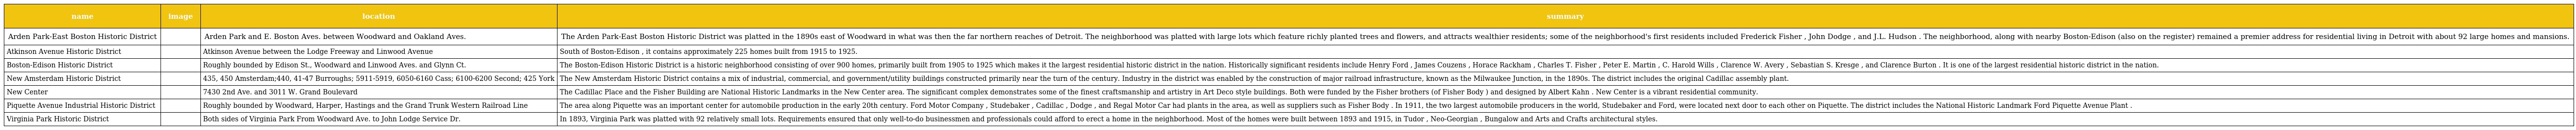
| name | image | location | summary |
 | --- | --- | --- | --- |
 | Arden Park-East Boston Historic District |  | Arden Park and E. Boston Aves. between Woodward and Oakland Aves. | The Arden Park-East Boston Historic District was platted in the 1890s east of Woodward in what was then the far northern reaches of Detroit. The neighborhood was platted with large lots which feature richly planted trees and flowers, and attracts wealthier residents; some of the neighborhood's first residents included Frederick Fisher , John Dodge , and J.L. Hudson . The neighborhood, along with nearby Boston-Edison (also on the register) remained a premier address for residential living in Detroit with about 92 large homes and mansions. |
 | Atkinson Avenue Historic District |  | Atkinson Avenue between the Lodge Freeway and Linwood Avenue | South of Boston-Edison , it contains approximately 225 homes built from 1915 to 1925. |
 | Boston-Edison Historic District |  | Roughly bounded by Edison St., Woodward and Linwood Aves. and Glynn Ct. | The Boston-Edison Historic District is a historic neighborhood consisting of over 900 homes, primarily built from 1905 to 1925 which makes it the largest residential historic district in the nation. Historically significant residents include Henry Ford , James Couzens , Horace Rackham , Charles T. Fisher , Peter E. Martin , C. Harold Wills , Clarence W. Avery , Sebastian S. Kresge , and Clarence Burton . It is one of the largest residential historic district in the nation. |
 | New Amsterdam Historic District |  | 435, 450 Amsterdam;440, 41-47 Burroughs; 5911-5919, 6050-6160 Cass; 6100-6200 Second; 425 York | The New Amsterdam Historic District contains a mix of industrial, commercial, and government/utility buildings constructed primarily near the turn of the century. Industry in the district was enabled by the construction of major railroad infrastructure, known as the Milwaukee Junction, in the 1890s. The district includes the original Cadillac assembly plant. |
 | New Center |  | 7430 2nd Ave. and 3011 W. Grand Boulevard | The Cadillac Place and the Fisher Building are National Historic Landmarks in the New Center area. The significant complex demonstrates some of the finest craftsmanship and artistry in Art Deco style buildings. Both were funded by the Fisher brothers (of Fisher Body ) and designed by Albert Kahn . New Center is a vibrant residential community. |
 | Piquette Avenue Industrial Historic District |  | Roughly bounded by Woodward, Harper, Hastings and the Grand Trunk Western Railroad Line | The area along Piquette was an important center for automobile production in the early 20th century. Ford Motor Company , Studebaker , Cadillac , Dodge , and Regal Motor Car had plants in the area, as well as suppliers such as Fisher Body . In 1911, the two largest automobile producers in the world, Studebaker and Ford, were located next door to each other on Piquette. The district includes the National Historic Landmark Ford Piquette Avenue Plant . |
 | Virginia Park Historic District |  | Both sides of Virginia Park From Woodward Ave. to John Lodge Service Dr. | In 1893, Virginia Park was platted with 92 relatively small lots. Requirements ensured that only well-to-do businessmen and professionals could afford to erect a home in the neighborhood. Most of the homes were built between 1893 and 1915, in Tudor , Neo-Georgian , Bungalow and Arts and Crafts architectural styles. |